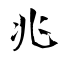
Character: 兆